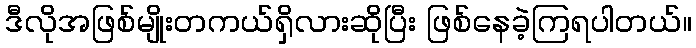
ဒီလိုအဖြစ်မျိုးတကယ်ရှိလားဆိုပြီး ဖြစ်နေခဲ့ကြရပါတယ်။